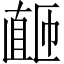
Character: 𬑚